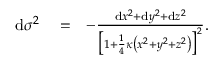
\begin{array} { r l r } { \mathrm { d } \sigma ^ { 2 } } & { { } = } & { - \frac { \mathrm { d } x ^ { 2 } + \mathrm { d } y ^ { 2 } + \mathrm { d } z ^ { 2 } } { \big [ 1 + \frac { 1 } { 4 } \kappa \left( x ^ { 2 } + y ^ { 2 } + z ^ { 2 } \right) \big ] ^ { 2 } } . } \end{array}